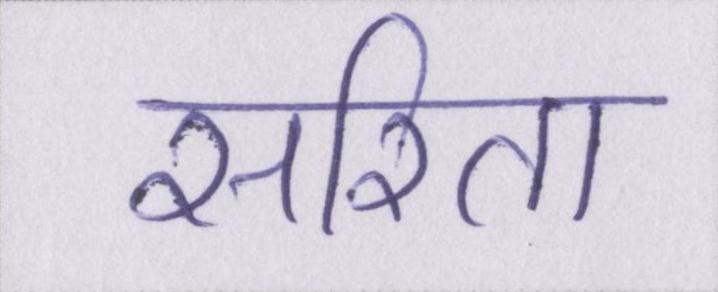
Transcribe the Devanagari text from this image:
सरिता